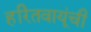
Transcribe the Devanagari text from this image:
हरितवायूंची